Medical and sanitary report of the native army of Bengal for the year
Year: 1877
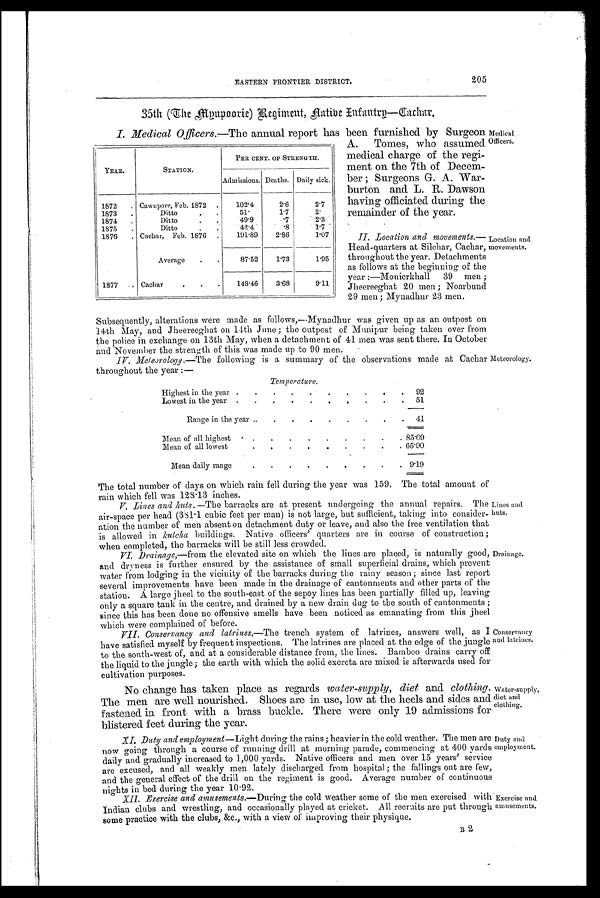
EASTERN FRONTIER DISTRICT,
205
35th (The Myupoorie) Regiment, Native Infantry—Cachar.
YEAR.
STATION.
PER CENT. OF STRENGTH.
Admissions. Deaths. Daily sick.
1872
. Cawnpore, Feb. 1872
.
102.4
2.6
2.7
1873
.
Ditto
51.
1.7
2.
1874
.
Ditto
49.9
.7
2.3
1875
.
Ditto
42.4
.8
1.7
1876
. Cachar, Feb. 1876
.
191.89
2.86
1.07
Average
.
.
87.52
1.73
1.95
1877
. Cachar
.
.
.
148.46
3.68
9.11
Subsequently, alterations were made as follows,—Mynadhur was given up as an outpost on
14th May, and Jheereeghat on 14th June ; the outpost of Munipur being taken over from
the police in exchange on 13th May, when a detachment of 41 men was sent there. In October
and November the strength of this was made up to 90 men.
IV. Meteorology.—The following is a summary of the observations made at Cachar
throughout the year :—
T e m p e r a t u r e .
Highest in the year .
.
.
.
.
.
.
.
.
.
92
Lowest in the year .
.
.
.
.
.
. .
.
.
51
Range in the year
.
.
.
.
.
. .
.
41
Mean of all highest
.
.
.
.
.
.
.
.
. 85.09
Mean of all lowest
.
.
.
.
.
.
.
.
65.90
Mean daily range
.
.
.
.
.
.
.
.
.
9.19
I. Medical Officers.—The annual report has been furnished by Surgeon
A. Tomes, who assumed
medical charge of the regi-
ment on the 7th of Decem-
ber ; Surgeons G. A. War-
burton and L. R. Dawson
having officiated during the
remainder of the year.
II. Location and movements.—
Head-quarters at Silchar, Cachar,
throughout the year. Detachments
as follows at the beginning of the
year :—Monierkhall 39 men ;
Jheereeghat 20 men ; Noarbund
29 men ; Mynadhur 23 men.
Location and
movements.
Meteorology.
Medical
Officers.
The total number of days on which rain fell during the year was 159. The total amount of
rain which fell was 128.13 inches.
V. Lines and huts.—The barracks are at present undergoing the annual repairs. The
air-space per head (381.1 cubic feet per man) is not large, but sufficient, taking into consider-
ation the number of men absent on detachment duty or leave, and also the free ventilation that
is allowed in kutcha buildings. Native officers' quarters are in course of construction;
when completed, the barracks will be still less crowded.
VI. Drainage,—from the elevated site on which the lines are placed, is naturally good,
and dryness is further ensured by the assistance of small superficial drains, which prevent
water from lodging in the vicinity of the barracks during the rainy season; since last report
several improvements have been made in the drainage of cantonments and other parts of the
station. A large jheel to the south-east of the sepoy lines has been partially filled up, leaving
only a square tank in the centre, and drained by a new drain dug to the south of cantonments ;
since this has been done no offensive smells have been noticed as emanating from this jheel
which were complained of before.
VII. Conservancy and latrines.—The trench system of latrines, answers well, as I
have satisfied myself by frequent inspections. The latrines are placed at the edge of the jungle
to the south-west of, and at a considerable distance from, the lines. Bamboo drains carry off
the liquid to the jungle; the earth with which the solid excreta are mixed is afterwards used for
cultivation purposes.
No change has taken place as regards water-supply, diet and clothing.
The men are well nourished. Shoes are in use, low at the heels and sides and
fastened in front with a brass buckle. There were only 19 admissions for
blistered feet during the year.
XI. Duty and employment —Light during the rains ; heavier in the cold weather. The men are
now going through a course of running drill at morning parade, commencing at 400 yards
daily and gradually increased to 1,000 yards. Native officers and men over 15 years' service
are excused, and all weakly men lately discharged from hospital; the fallings out are few,
and the general effect of the drill on the regiment is good. Average number of continuous
nights in bed during the year 10.92.
XII. Exercise and amusements.—During the cold weather some of the men exercised with
Indian clubs and wrestling, and occasionally played at cricket. All recruits are put through
some practice with the clubs, &c., with a view of improving their physique.
Lines and
huts.
Drainage.
Conservancy
and latrines.
Water-supply,
diet and
clothing.
Duty and
employment.
Exercise and
amusements.
B